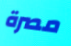
مصرة